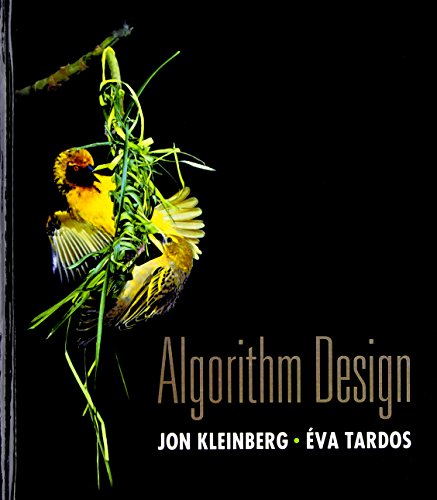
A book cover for Algorithm Design; Jon Kleinberg; Computers & Technology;